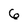
Character: 6